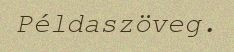
Példaszöveg.